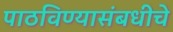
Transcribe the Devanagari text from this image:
पाठविण्यासंबधीचे